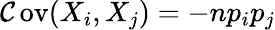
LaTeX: \operatorname{\mathcal{C}ov}(X_{i},X_{j})=-np_{i}p_{j}